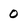
Character: 0